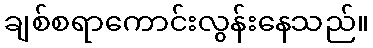
ချစ်စရာကောင်းလွန်းနေသည်။